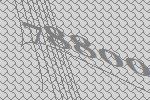
78800